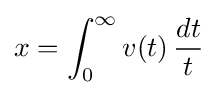
x=\int _{0}^{\infty }v(t)\,{\frac {dt}{t}}